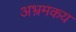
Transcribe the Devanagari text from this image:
अभ्रमकय